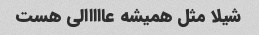
شیلا مثل همیشه عااااالی هست